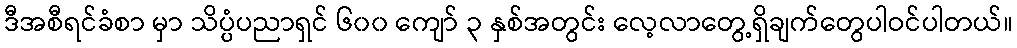
ဒီအစီရင်ခံစာ မှာ သိပ္ပံပညာရှင် ၆၀၀ ကျော် ၃ နှစ်အတွင်း လေ့လာတွေ့ရှိချက်တွေပါဝင်ပါတယ်။